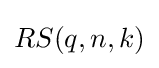
RS(q,n,k)